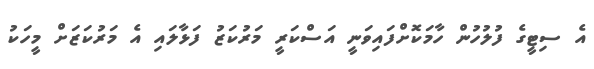
އެ ސިޓީގެ ފުލުހުން ހާމަކޮށްފައިވަނީ އަސްކަރީ މަރުކަޒު ފަޅާލައި އެ މަރުކަޒަށް މީހަކު